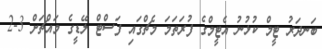
ބަނދަރު ޓީމް ކުޅުނު އެޓީމްގެ ފުރަތަމަ މެޗްގައި ފަސްޓް ލޭޑީގެ މައްޗަށް 3-2